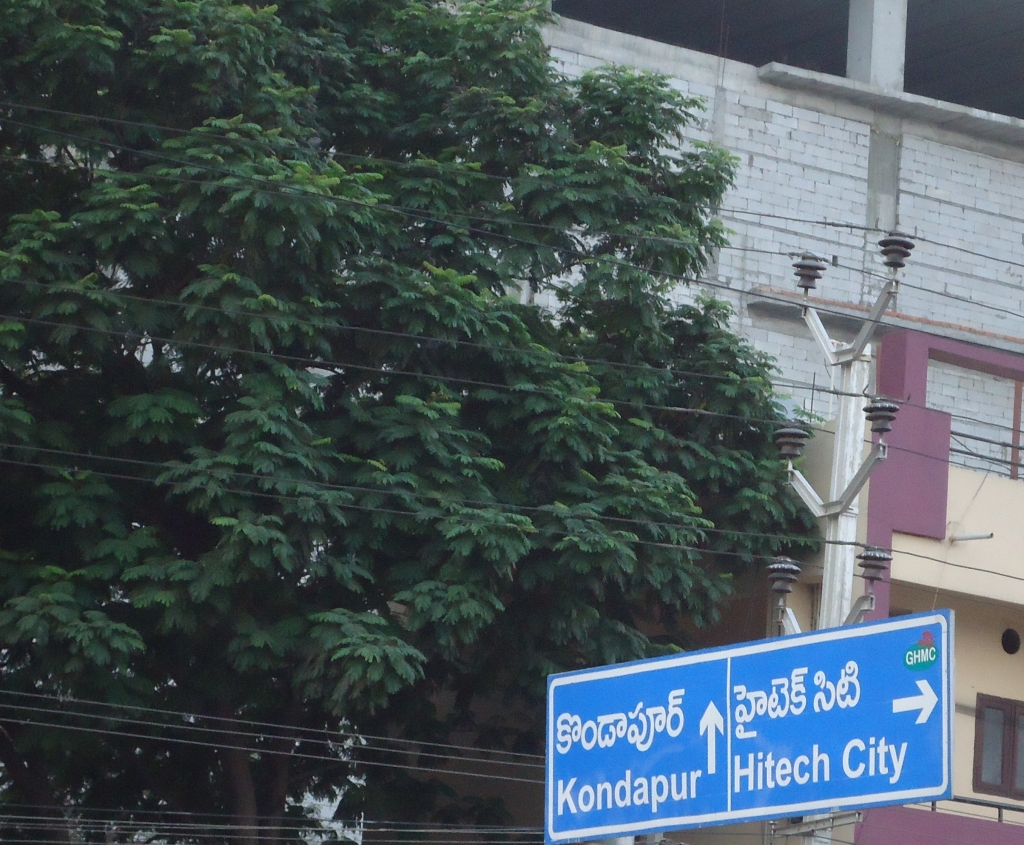
Language: telugu
Transcription: హైటెక్ సిటి కొండాపూర్